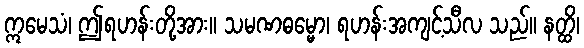
ဣမေသံ၊ ဤရဟန်းတို့အား။ သမဏဓမ္မော၊ ရဟန်းအကျင့်သီလ သည်။ နတ္ထိ၊